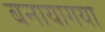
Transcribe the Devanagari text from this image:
बनायागया